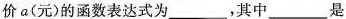
价a(元)的函数表达式为___，其中___是